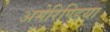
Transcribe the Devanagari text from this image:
अमेरिण्डिया